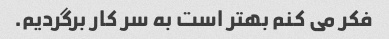
فکر می کنم بهتر است به سر کار برگردیم.